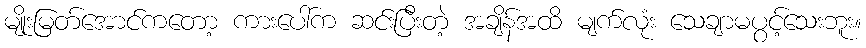
မျိုးမြတ်အောင်ကတော့ ကားပေါ်က ဆင်းပြီးတဲ့ အချိန်အထိ မျက်လုံး သေချာမပွင့်သေးဘူး။